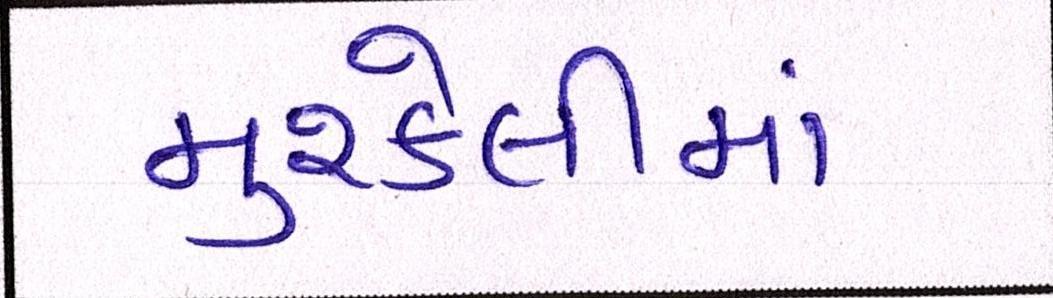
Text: મુશ્કેલીમાં